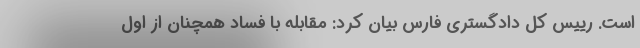
است. رییس کل دادگستری فارس بیان کرد: مقابله با فساد همچنان از اول